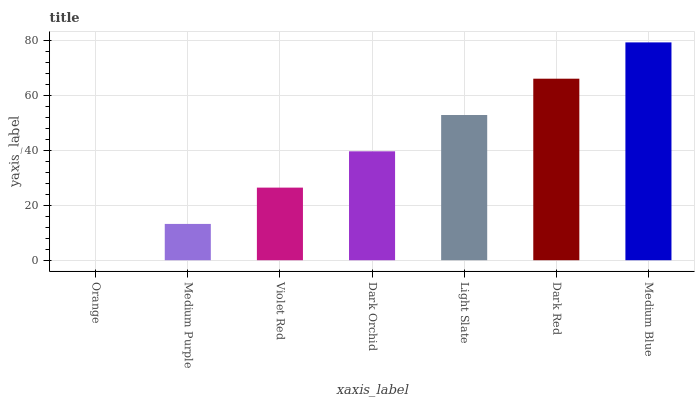
| xaxis_label | bars |
 | --- | --- |
 | Orange | 0 |
 | Medium Purple | 13.2 |
 | Violet Red | 26.4 |
 | Dark Orchid | 39.6 |
 | Light Slate | 52.8 |
 | Dark Red | 66 |
 | Medium Blue | 79.2 |